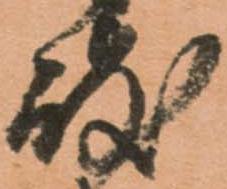
岐